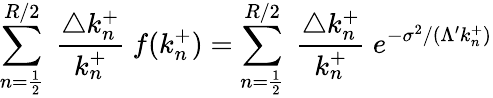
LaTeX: \sum_{n=\frac{1}{2}}^{R/2}~\frac{\triangle k_{n}^{+}}{k_{n}^{+}}~f(k_{n}^{+})=\sum_{n=\frac{1}{2}}^{R/2}~\frac{\triangle k_{n}^{+}}{k_{n}^{+}}~e^{-\sigma^{2}/(\Lambda^{\prime}k_{n}^{+})}